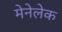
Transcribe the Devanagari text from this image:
मेनेलेक